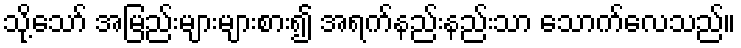
သို့သော် အမြည်းများများစား၍ အရက်နည်းနည်းသာ သောက်လေသည်။